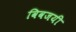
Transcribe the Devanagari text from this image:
विवजयी